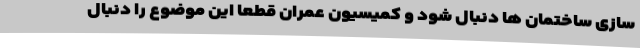
سازی ساختمان ها دنبال شود و کمیسیون عمران قطعا این موضوع را دنبال